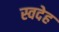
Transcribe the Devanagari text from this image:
स्वदेह